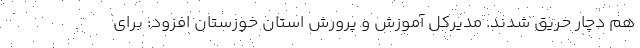
هم دچار حریق شدند. مدیرکل آموزش و پرورش استان خوزستان افزود: برای